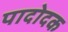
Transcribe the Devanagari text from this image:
पादोदक